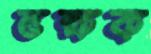
ভক্ষক